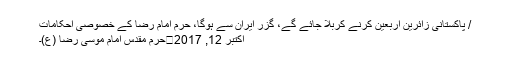
/ پاکستانی زائرین اربعین کرنے کربلا جائے گے، گزر ایران سے ہوگا، حرم امام رضا کے خصوصی احکامات
اکتبر 12, 2017	حرمِ مقدس امام موسیٰ رضا (ع)۔